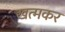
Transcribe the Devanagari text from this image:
खत्मकर